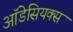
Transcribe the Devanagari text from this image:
ऑडेसियक्स